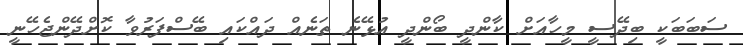
ސަބަބަކީ ބިދޭސީ މީހާއަށް ކާންދީ ބޯންދީ އުޅޭނެ ތަނެއް ދައްކައި ބޭސްފަރުވާ ކޮށްދޭންޖެހޭނީ